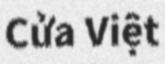
Cửa Việt